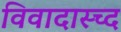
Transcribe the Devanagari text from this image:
विवादास्च्द